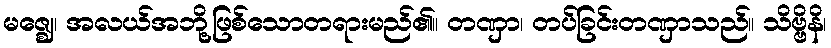
မဇ္ဈေ၊ အလယ်အဘို့ဖြစ်သောတရားမည်၏။ တဏှာ၊ တပ်ခြင်းတဏှာသည်။ သိဗ္ဗိနိ၊